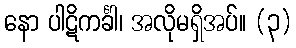
နော ပါဋိကင်္ခါ၊ အလိုမရှိအပ်။ (၃)